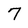
Character: 7